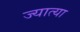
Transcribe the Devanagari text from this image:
ज्यात्या